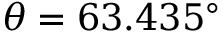
\theta = 6 3 . 4 3 5 ^ { \circ }